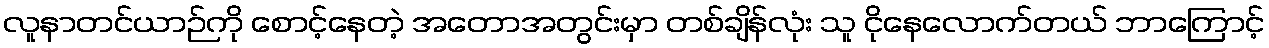
လူနာတင်ယာဉ်ကို စောင့်နေတဲ့ အတောအတွင်းမှာ တစ်ချိန်လုံး သူ ငိုနေလောက်တယ် ဘာကြောင့်